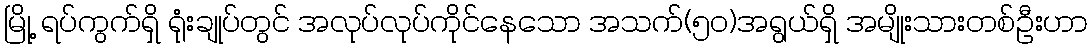
မြို့ ရပ်ကွက်ရှိ ရုံးချုပ်တွင် အလုပ်လုပ်ကိုင်နေသော အသက်(၅၀)အရွယ်ရှိ အမျိုးသားတစ်ဦးဟာ